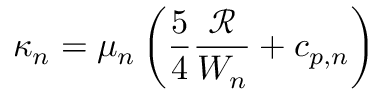
\kappa _ { n } = \mu _ { n } \left( \frac { 5 } { 4 } \frac { \mathcal { R } } { W _ { n } } + c _ { p , n } \right)